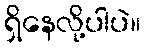
ရှိနေလို့ပါပဲ။